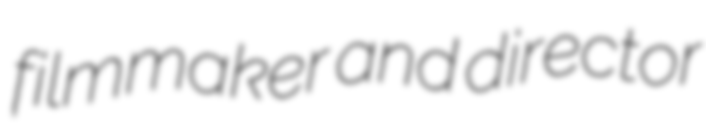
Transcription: filmmaker and director